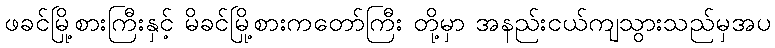
ဖခင်မြို့စားကြီးနှင့် မိခင်မြို့စားကတော်ကြီး တို့မှာ အနည်းငယ်ကျသွားသည်မှအပ